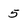
Character: 5